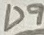
Text: D9